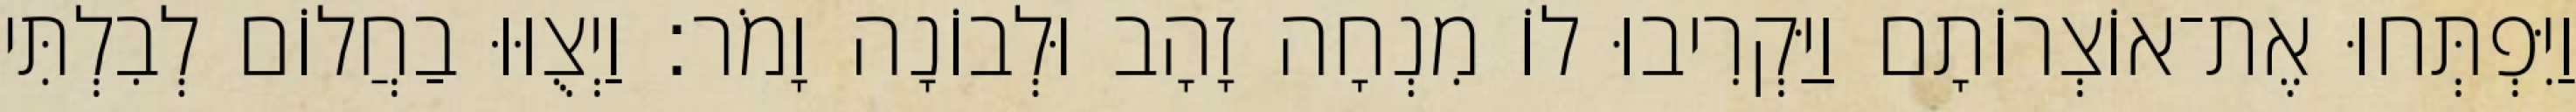
וַיִּפְתְּחוּ אֶת־אוֹצְרוֹתָם וַיַּקְרִיבוּ לוֹ מִנְחָה זָהָב וּלְבוֹנָה וָמֹר׃ וַיְצֻוּוּ בַחֲלוֹם לְבִלְתִּי